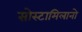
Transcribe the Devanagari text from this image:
सोस्टामिलानो